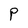
Character: P